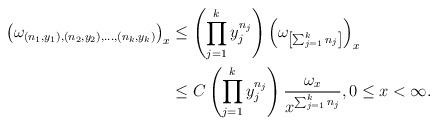
LaTeX: \begin{align*}\left(\omega_{(n_1,y_1),(n_2,y_2),\dots,(n_k,y_k)}\right)_x&\le\left(\prod_{j=1}^k y_j^{n_j}\right)\left( \omega_{\left[\sum_{j=1}^k n_j \right]}\right)_x\\&\le C\left(\prod_{j=1}^k y_j^{n_j}\right)\frac{\omega_x}{x^{\sum_{j=1}^k n_j}}, 0\le x<\infty.\end{align*}